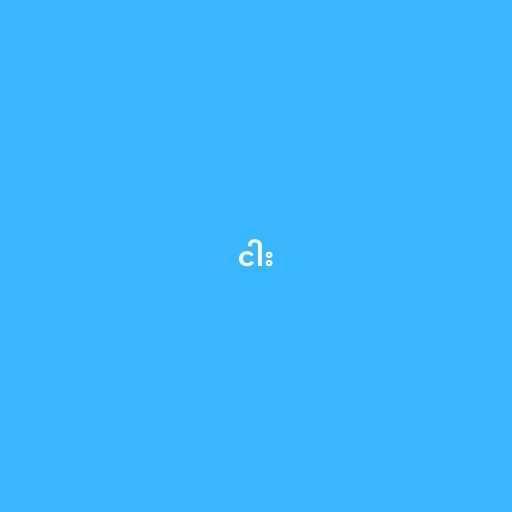
ငါး